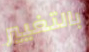
بالتغيير